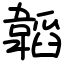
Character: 韜